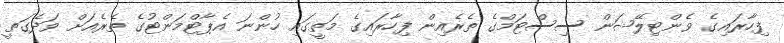
ފިހާރައިގެ ވެންޓިލޭޝަން ސިސްޓަމްގެ ތެރެއިން ފިހާރައިގެ މަތީގައި ހުންނަ އެޕާޓްމަންޓުގެ ތެރެއަށް ވަދެގަތީ